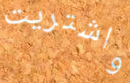
واشتريت